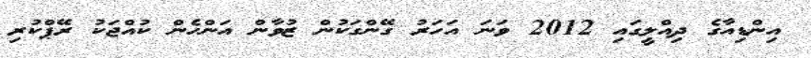
އިންޑިއާގެ ދިއްލީގައި 2012 ވަނަ އަހަރު ގޭންގަކުން ޒުވާން އަންހެން ކުއްޖަކު ރޭޕްކުރި